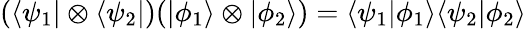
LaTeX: (\langle\psi_{1}\vert\otimes\langle\psi_{2}\vert)(\vert\phi_{1}\rangle\otimes\vert\phi_{2}\rangle)=\langle\psi_{1}\vert\phi_{1}\rangle\langle\psi_{2}\vert\phi_{2}\rangle